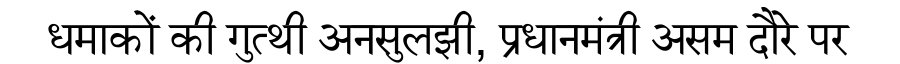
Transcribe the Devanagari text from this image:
धमाकों की गुत्थी अनसुलझी, प्रधानमंत्री असम दौरे पर